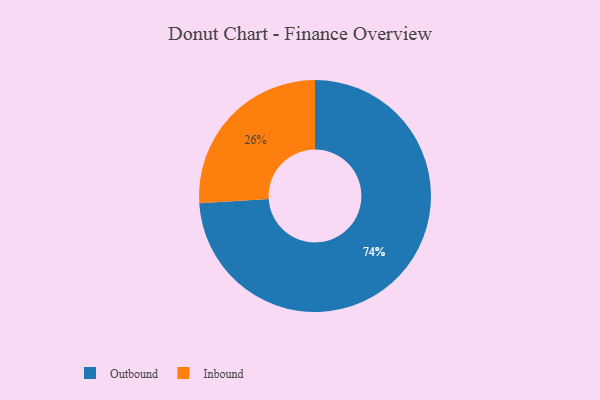
{"axis": {"x": "Category", "y": "Percentage"}, "legend": ["Inbound", "Outbound"], "data": [{"x": "Outbound", "y": 74, "type": "Outbound"}, {"x": "Inbound", "y": 26, "type": "Inbound"}]}